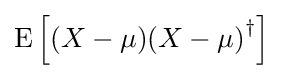
\operatorname {E} \left[(X-\mu ){(X-\mu )}^{\dagger }\right]